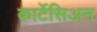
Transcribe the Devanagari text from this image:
कार्टेसिअन